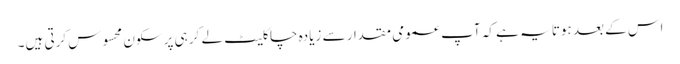
اس کے بعد ہوتا یہ ہے کہ آپ عمومی مقدار سے زیادہ چاکلیٹ لے کر ہی پرسکون محسوس کرتی ہیں۔